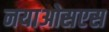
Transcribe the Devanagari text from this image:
नयाओसएस